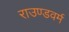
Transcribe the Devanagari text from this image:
राउण्डवर्म